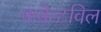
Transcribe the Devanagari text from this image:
फयेत्टविल